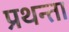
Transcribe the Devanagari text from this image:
प्रथन्ता